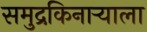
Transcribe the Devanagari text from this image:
समुद्रकिनार्‍याला